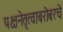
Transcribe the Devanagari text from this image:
पक्षनेतृत्वाबरोबरचे